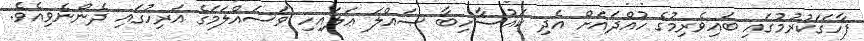
ފާހަގަކުރުމުގައި ބައިވެރިމުގެ ހުއްދައަށް އެދި ކައުސާހިބާ ޞައްލަ ޢަލައިހި ވަސައްލަމަގެ އަރިހުގައި ދެންނެވިއެވެ.